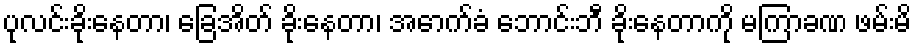
ပုလင်းခိုးနေတာ၊ ခြေအိတ် ခိုးနေတာ၊ အောက်ခံ ဘောင်းဘီ ခိုးနေတာကို မကြာခဏ ဖမ်းမိ